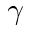
\gamma